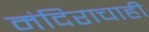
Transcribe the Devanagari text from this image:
मंदिराचाही